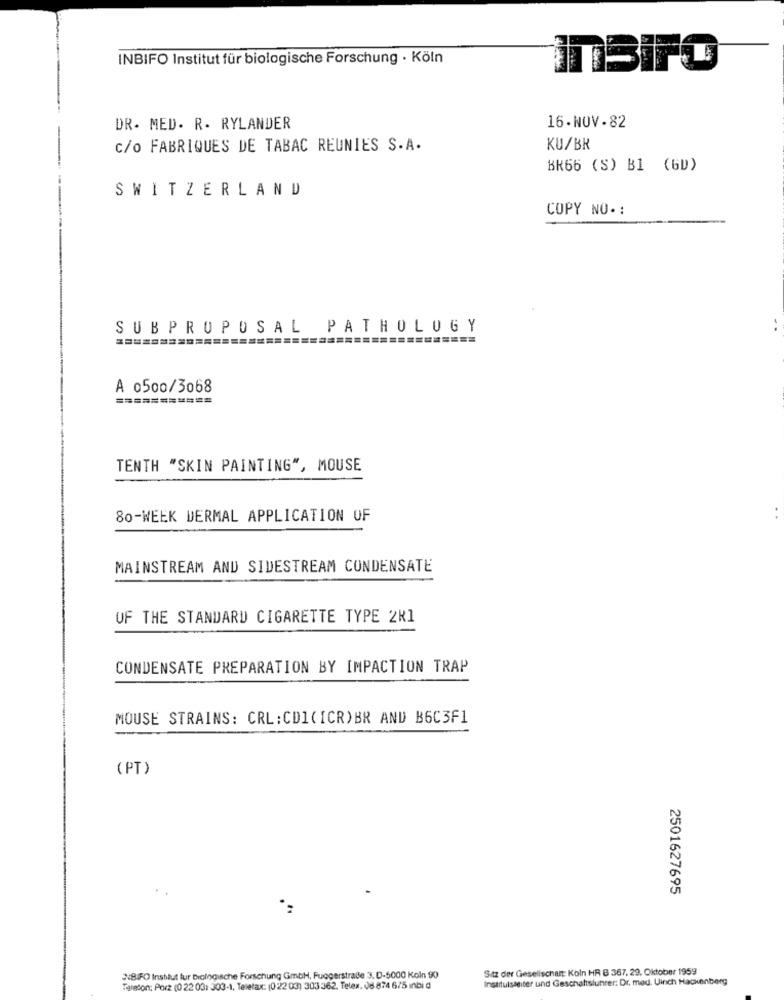
INBIFO Institut für biologische Forschung · Köln
ITBiFO
DR. MED. R. RYLANDER
16-NOV-82
C/o FABRIQUES DE TABAC REUNIES S.A.
KU/BR
BR66 (S) B1 (GD)
SWITZERLAND
COPY NO. :
SUBPROPOSAL PATHOLOGY
A 0500/3068
===========
TENTH "SKIN PAINTING", MOUSE
80-WEEK DERMAL APPLICATION OF
MAINSTREAM AND SIDESTREAM CONDENSATE
OF THE STANDARD CIGARETTE TYPE 2R1
CONDENSATE PREPARATION BY IMPACTION TRAP
MOUSE STRAINS: CRL: CD1( ICR)BR AND B6C3F1
(PT)
2501627695
Sitz der Gesellschaft: Koln HR B 367, 29. Oktober 1959
N81F0 Institut fur biologische Forschung GmbH, Fuggerstraße 3. D-5000 Koln 90
Institulsaeiter und Geschattslunrer: Dr. med. Uinch Hackenberg
Telefon: Porz (0 22 03: 303-1, Telefax: (02203) 303 362. Telex. 08 874 675 ınbi d